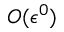
O ( \epsilon ^ { 0 } )